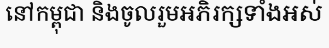
នៅកម្ពុជា និងចូលរួមអភិរក្សទាំងអស់